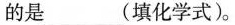
的是___(填化学式)。